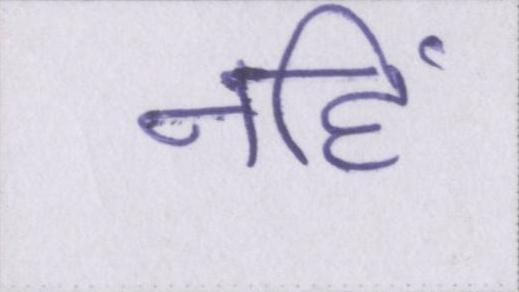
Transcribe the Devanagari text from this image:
नहिं